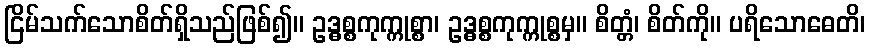
ငြိမ်သက်သောစိတ်ရှိသည်ဖြစ်၍။ ဥဒ္ဓစ္စကုက္ကုစ္စာ၊ ဥဒ္ဓစ္စကုက္ကုစ္စမှ။ စိတ္တံ၊ စိတ်ကို။ ပရိသောဓေတိ၊